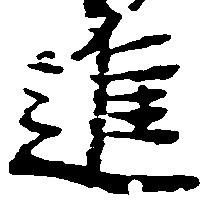
進